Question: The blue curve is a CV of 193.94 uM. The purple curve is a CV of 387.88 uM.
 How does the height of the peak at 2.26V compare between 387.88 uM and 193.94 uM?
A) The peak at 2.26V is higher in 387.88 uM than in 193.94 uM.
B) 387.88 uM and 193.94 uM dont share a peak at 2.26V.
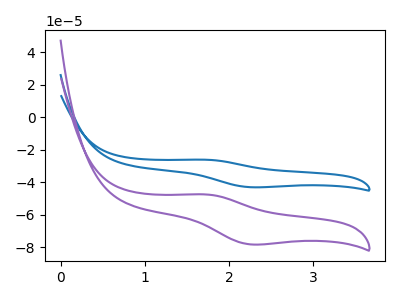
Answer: <think>The blue curve "193.94 uM" has an anodic peak at (1.75V, -26.15uA) and a cathodic peak at (2.25V, -43.05uA). The purple curve "387.88 uM" has an anodic peak at (1.75V, -47.50uA) and a cathodic peak at (2.25V, -78.25uA).</think>
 <answer>A) The peak at 2.26V is higher in "387.88 uM" than in "193.94 uM".</answer>
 <eval>A</eval>